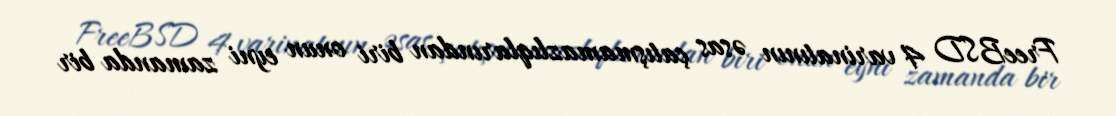
FreeBSD 4 varinatının əsas çatışmamazlıqlarından biri onun eyni zamanda bir